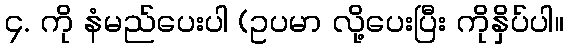
၄. ကို နံမည်ပေးပါ (ဥပမာ လို့ပေးပြီး ကိုနှိပ်ပါ။